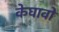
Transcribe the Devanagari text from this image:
केघावों